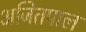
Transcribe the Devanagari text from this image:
अजितपाल